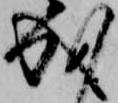
成